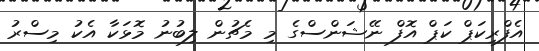
އެފްރިކަޕް ކަޕް އޮފް ނޭޝަންސްގެ މި މެޗުން ލިބުނު މޮޅަކާ އެކު މިސްރު